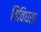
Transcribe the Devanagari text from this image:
विविघता